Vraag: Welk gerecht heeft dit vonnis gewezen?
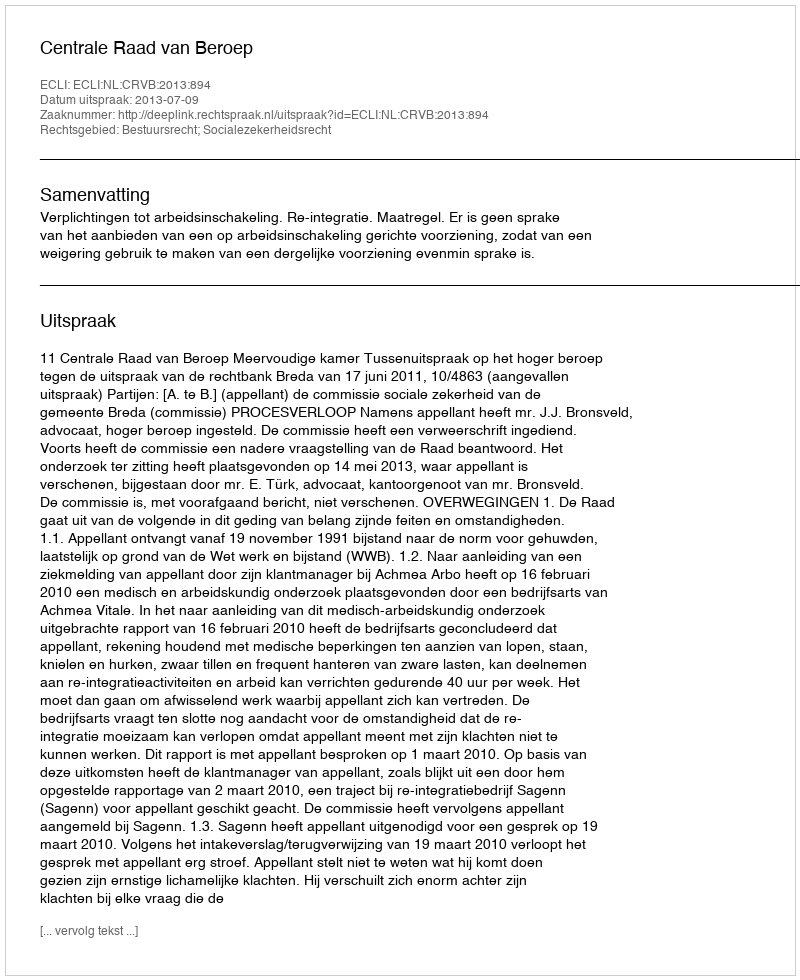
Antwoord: Centrale Raad van Beroep